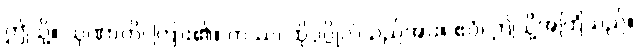
ဤသို့။ သုဏာတိ၊ ကြား၏။ တဿ၊ ထိုပုဂ္ဂိုလ်သည်အား။ ဧဝံ၊ ဤသို့အကြံသည်။